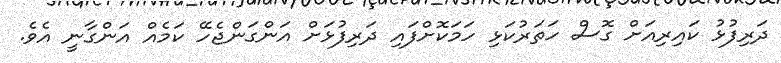
ދަރިފުޅު ކައިރިއަށް ގޮސް ހަތަރުކަޅި ހަމަކޮށްފައި ދަރިފުޅަށް އަންގަންޖެހޭ ކަމެއް އަންގާނީ އެވެ.